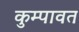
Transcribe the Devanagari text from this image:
कुम्पावत